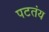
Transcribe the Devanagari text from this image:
पटतंय